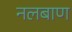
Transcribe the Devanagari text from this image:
नलबाण